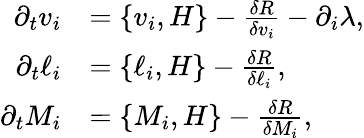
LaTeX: \begin{array}{rl}{\partial_{t}v_{i}}&{=\{ v_{i},H\} -\frac{\delta R}{\delta v_{i}}-\partial_{i}\lambda,}\\ {\partial_{t}\ell_{i}}&{=\{ \ell_{i},H\} -\frac{\delta R}{\delta\ell_{i}},}\\ {\partial_{t}M_{i}}&{=\{ M_{i},H\} -\frac{\delta R}{\delta M_{i}},}\end{array}